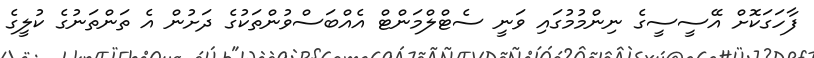
ފާހަގަކޮށް އޭސީސީގެ ނިންމުމުގައި ވަނީ ސެޓްލްމަންޓް އެއްބަސްވުންތަކުގެ ދަށުން އެ ތަންތަނުގެ ކުލީގެ